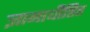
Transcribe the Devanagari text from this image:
ज्ञानाधीष्ठित